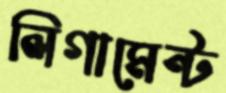
লিগামেন্ট